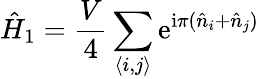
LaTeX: \hat{H}_{1}=\frac{V}{4}\sum_{\langle i,j\rangle}\mathrm{e}^{\mathrm{i}\pi(\hat{n}_{i}+\hat{n}_{j})}